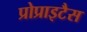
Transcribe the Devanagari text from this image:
प्रोप्राइटैस